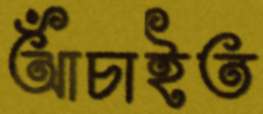
আঁচাইত